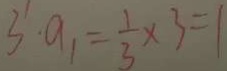
3 \cdot a _ { 1 } = \frac { 1 } { 3 } \times 3 = 1